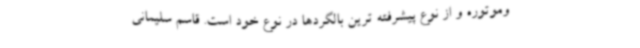
وموتوره و از نوع پیشرفته ترین بالگردها در نوع خود است. قاسم سلیمانی